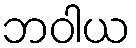
ဘဝါယ